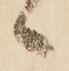
々